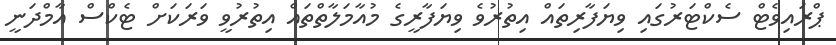
ޕްރައިވެޓް ސެކްޓަރުގައި ވިޔަފާރިތައް އިތުރުވެ ވިޔަފާރީގެ މުއާމަލާތްތައް އިތުރުވީ ވަރަކަށް ޓެކްސް އާމްދަނީ